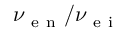
\nu _ { \mathrm { ~ e ~ n ~ } } / \nu _ { \mathrm { ~ e ~ i ~ } }